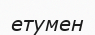
етумен